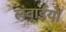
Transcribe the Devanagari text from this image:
लंबाईयों